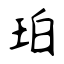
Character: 珀